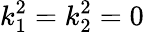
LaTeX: k_{1}^{2}=k_{2}^{2}=0